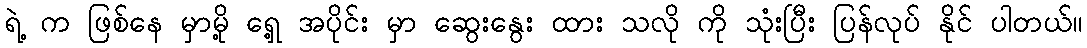
ရဲ့ က ဖြစ်နေ မှာမို့ ရှေ့ အပိုင်း မှာ ဆွေးနွေး ထား သလို ကို သုံးပြီး ပြန်လုပ် နိုင် ပါတယ်။